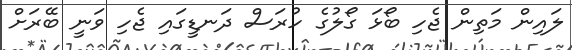
ލައިން މަތިން ޖެހި ބޯޅަ ގޯލުގެ ހުރަސް ދަނޑީގައި ޖެހި ވަނީ ބޭރަށް